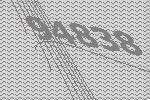
94838